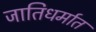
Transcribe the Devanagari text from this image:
जातिधर्मात